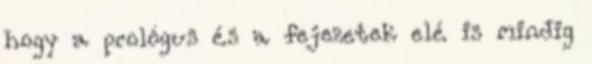
hogy a prológus és a fejezetek elé is mindig